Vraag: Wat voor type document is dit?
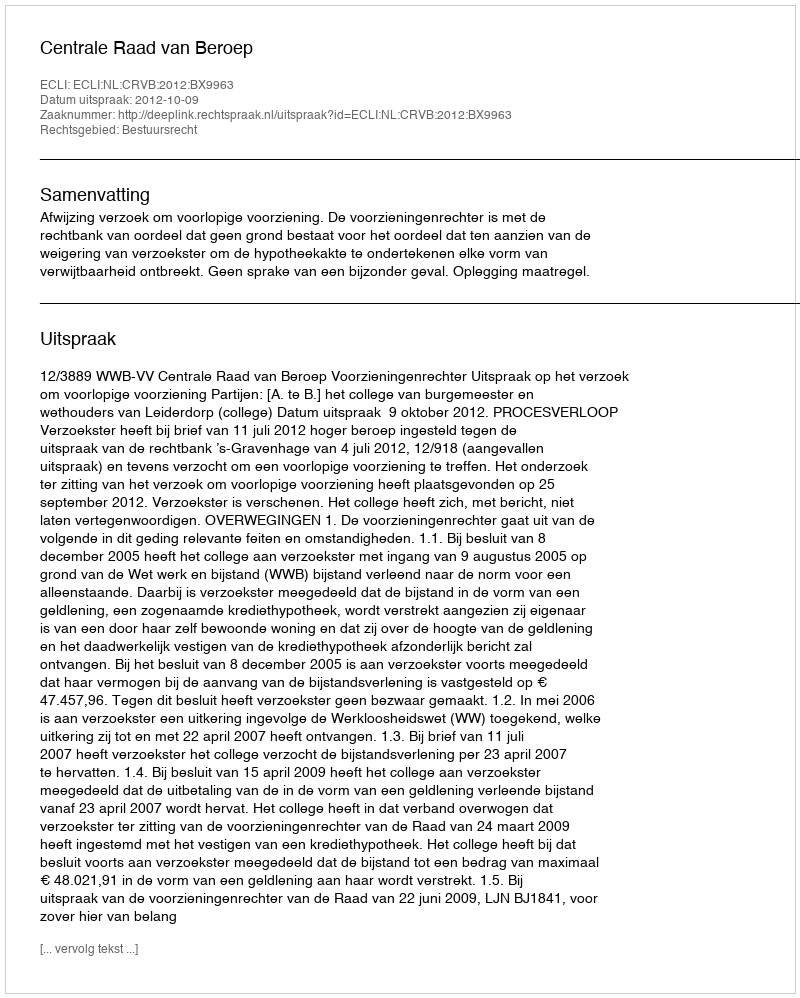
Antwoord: Uitspraak